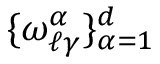
\{ \omega _ { \ell \gamma } ^ { \alpha } \} _ { \alpha = 1 } ^ { d }